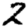
Digit: 2